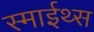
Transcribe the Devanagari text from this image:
स्माईथ्स